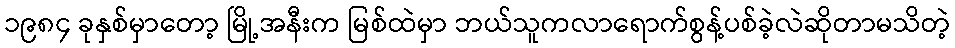
၁၉၈၄ ခုနှစ်မှာတော့ မြို့အနီးက မြစ်ထဲမှာ ဘယ်သူကလာရောက်စွန့်ပစ်ခဲ့လဲဆိုတာမသိတဲ့